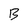
Character: B